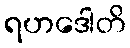
ရဟဒေါတိ